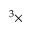
^ 3 \times